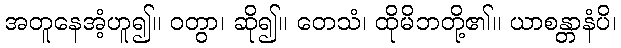
အတူနေအံ့ဟူ၍။ ဝတွာ၊ ဆို၍။ တေသံ၊ ထိုမိဘတို့၏။ ယာစန္တာနံပိ၊